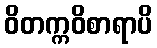
ဝိတက္ကဝိစာရာပိ